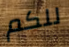
للكم